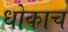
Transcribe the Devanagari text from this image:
धोकाच